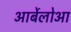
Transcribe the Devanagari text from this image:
आर्बेलोआ